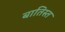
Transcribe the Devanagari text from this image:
बातिस्त